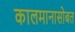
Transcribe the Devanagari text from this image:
कालमानासोबत